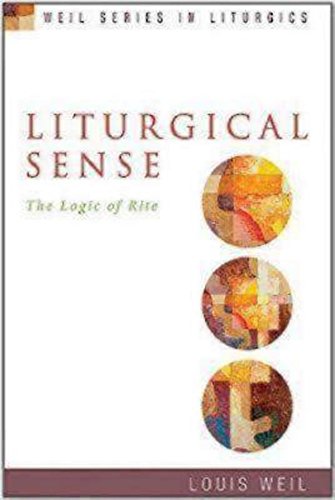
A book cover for Liturgical Sense: The Logic of Rite (Weil Series in Liturgics); Louis Weil; Christian Books & Bibles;